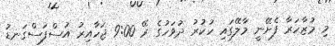
މި މުޒާހަރާ ފެށޭނީ މާލޭގައި ހުކުރު ދުވަހުގެ ރޭ 9:00 ޖަހާއިރު އުސްފަސްގަނޑު